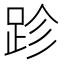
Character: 跈